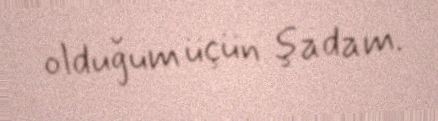
olduğum üçün şadam.